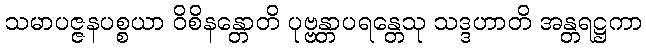
သမာပဇ္ဇနပစ္စယာ ဝိစိနန္တောတိ ပုဗ္ဗန္တာပရန္တေသု သဒ္ဒဟာတိ အန္တရဋ္ဌကာ